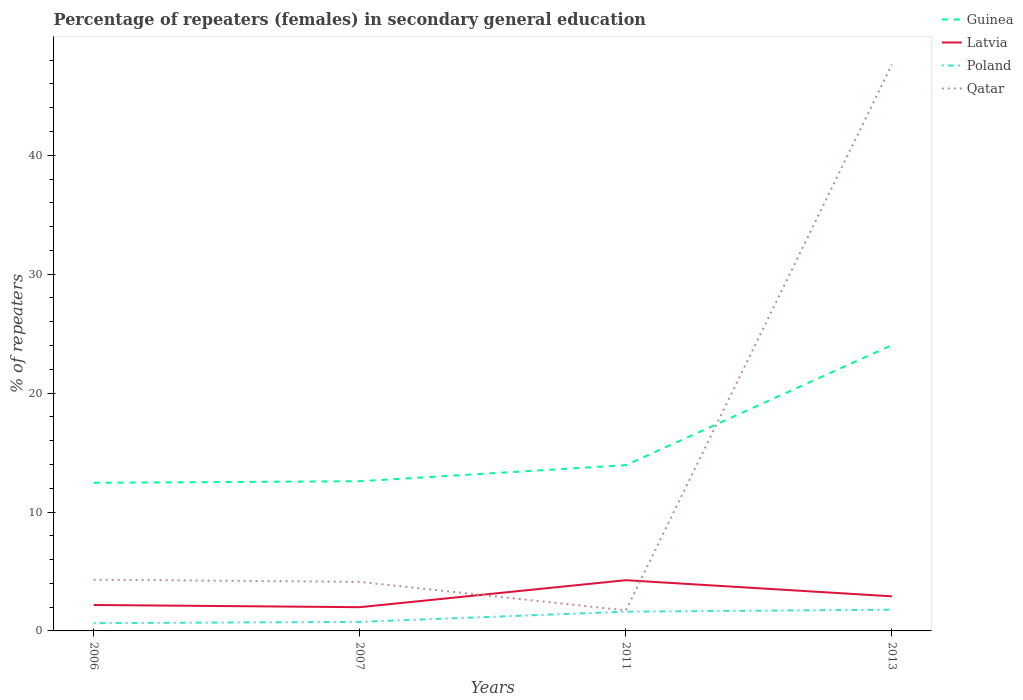
| Years | Guinea | Latvia | Poland | Qatar |
 | --- | --- | --- | --- | --- |
 | 2006 | 12.5 | 2.18 | 0.652 | 4.31 |
 | 2007 | 12.6 | 2 | 0.762 | 4.13 |
 | 2011 | 13.9 | 4.27 | 1.62 | 1.73 |
 | 2013 | 24 | 2.91 | 1.78 | 47.6 |